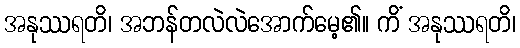
အနုဿရတိ၊ အဘန်တလဲလဲအောက်မေ့၏။ ကိံ အနုဿရတိ၊